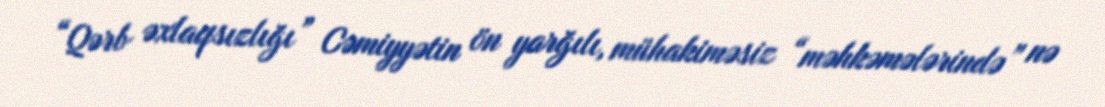
“Qərb əxlaqsızlığı” Cəmiyyətin ön yarğılı, mühakiməsiz “məhkəmələrində” nə